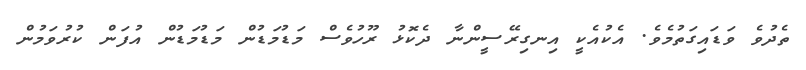
ތެދުވެ ވަޑައިގަތުމެވެ. އެކުއެކީ އިނގިރޭސީންނާ ދެކޮޅު ރޫހުވެސް މަޑުމަޑުން މަޑުމަޑުން އުފަން ކުރުވަމުން